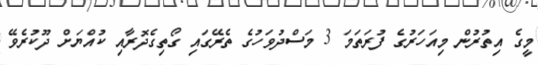
މީގެ އިތުރުން މިއަހަރުގެ ފުރަތަމަ 3 މަސްދުވަހުގެ ތެރޭގައި ގޯތިގެދޮރާއި ކުއްޔަށް ދޫކުރެވޭ